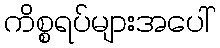
ကိစ္စရပ်များအပေါ်